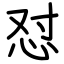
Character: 怼